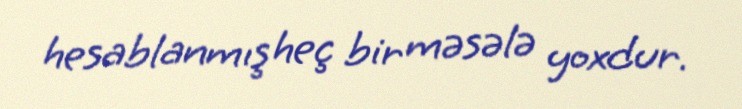
hesablanmış heç bir məsələ yoxdur.